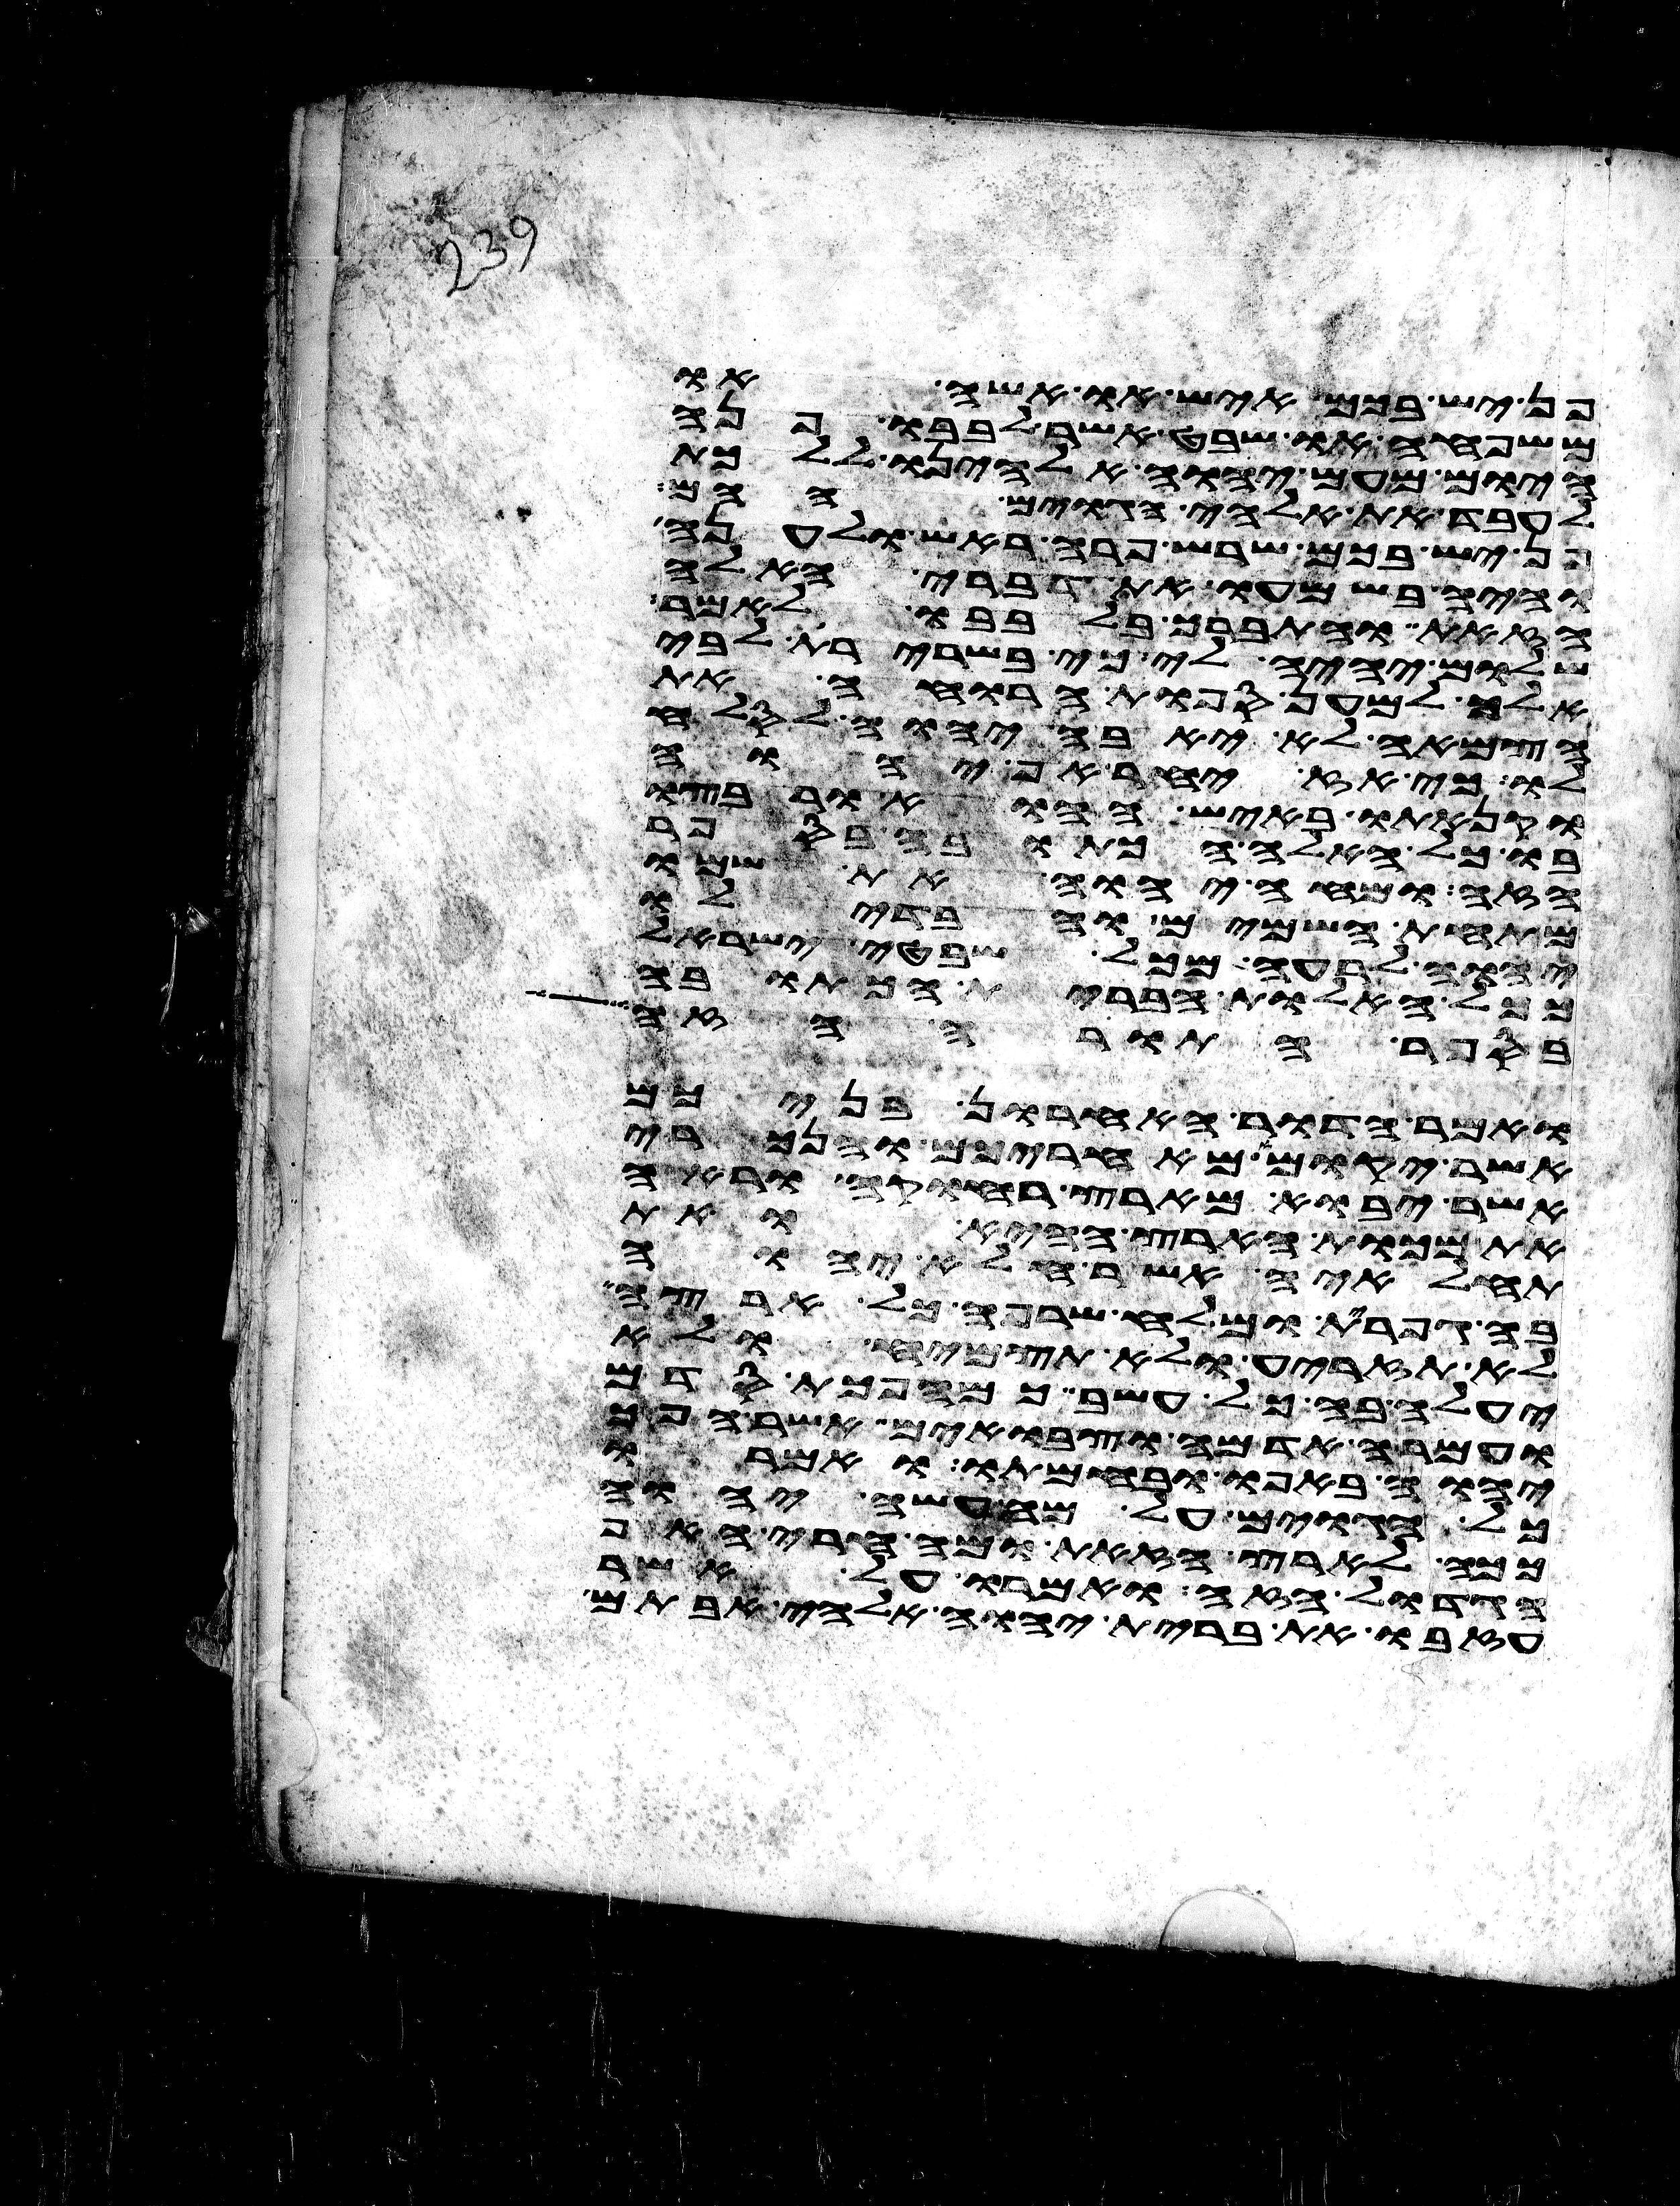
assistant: פן יש בכם איש או אשה או
משפחה או שבט אשר לבבו פנה
היום מעם יהוה אלהינו ללכת
לעבד את אלהי הגוים ההם
פן יש בכם שרש פרה ראש ולענה
והיה בשמעו את דברי האלה
הזאת והתברך בלבבו לאמר
שלום יהיה לי כי בשרירת לבי
אלך למען ספות הרואה את
הצמאה לא יאבה יהוה לסלח
לו כי אז יחר אף יהוה
וקנאתו באיש ההוא ורבצו
בו כל האלה הכתובה בספר
הזה ומחה יהוה את שמו
מתחת השמים והבדילו
יהוה לרעה מכל שבטי ישראל
ככל האלות הברית הכתובה
בספר התורה הזה
ואמר הדור האחרון בניכם
אשר יקומו מאחריכם והנכרי
אשר יבוא מארץ רחוקה וראה
את מכות הארץ ההיא ואת
תחלאיה אשר חלא יהוה
בה גפרית ומלח שרפה כל ארצה
לא תזריע ולא תצמיח ולא
יעלה בה כל עשב כמהפכת סדם
ועמרה אדמה וצבאים אשר הפך
יהוה באפו ובחמתו ואמרו
כל הגוים על מה עשה יהוה
ככה לארץ הזאת ומה חרי האף
הגדול הזה ואמרו על אשר
עזבו את ברית יהוה אלהי אבותם